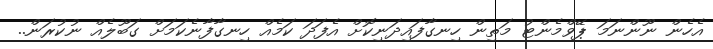
އެހެން ނޫންނަމަ ޕޭވްމެންޓު މަތިން ހިނގާފައިދަނިކޮށް އެފަދަ ކަމެއް ހިނގާފާނެކަމަށް ގަބޫލެއް ނުކުރަން..